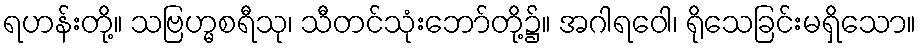
ရဟန်းတို့။ သဗြဟ္မစရီသု၊ သီတင်သုံးဘော်တို့၌။ အဂါရဝေါ၊ ရိုသေခြင်းမရှိသော။